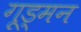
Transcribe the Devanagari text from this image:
गूड्मन